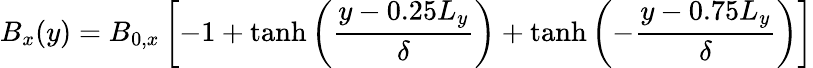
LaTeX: B_{x}(y)=B_{0,x}\left[-1+\operatorname{tanh}\left(\frac{y-0.25L_{y}}{\delta}\right)+\operatorname{tanh}\left(-\frac{y-0.75L_{y}}{\delta}\right)\right]